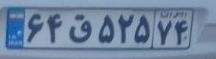
۶۴ق۵۲۵۷۴